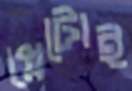
প্লেটোই